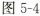
图5-4